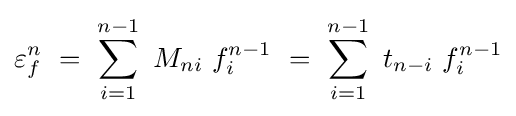
\varepsilon _{f}^{n}\ =\ \sum _{i=1}^{n-1}\ M_{ni}\ f_{i}^{n-1}\ =\ \sum _{i=1}^{n-1}\ t_{n-i}\ f_{i}^{n-1}